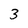
Character: 3